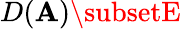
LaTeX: D(\mathbf{A})\subsetE